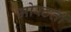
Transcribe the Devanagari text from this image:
मोरटती